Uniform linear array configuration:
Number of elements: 8
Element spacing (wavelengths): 0.5
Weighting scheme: blackman
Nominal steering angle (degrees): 15
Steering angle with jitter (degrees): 16.631
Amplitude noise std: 0.05
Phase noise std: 0.05

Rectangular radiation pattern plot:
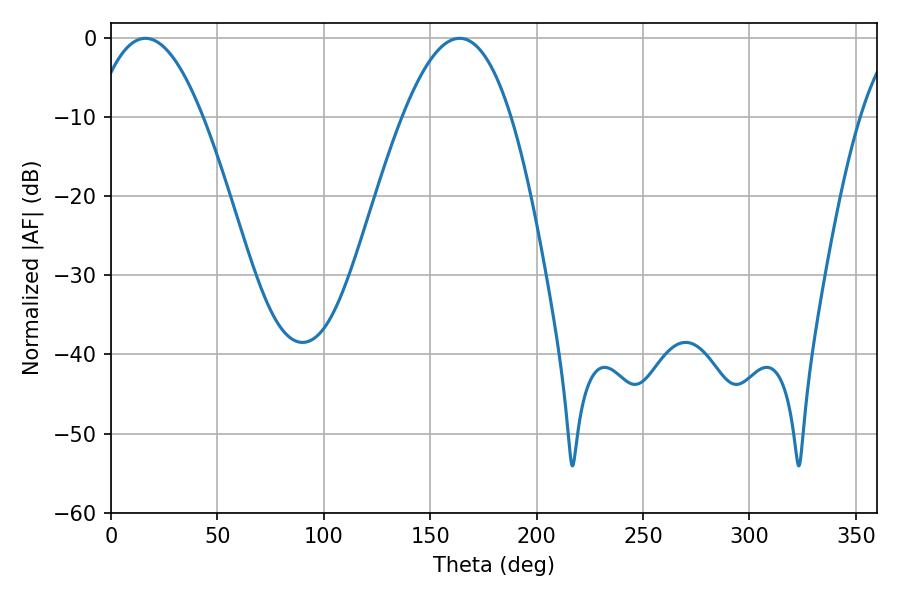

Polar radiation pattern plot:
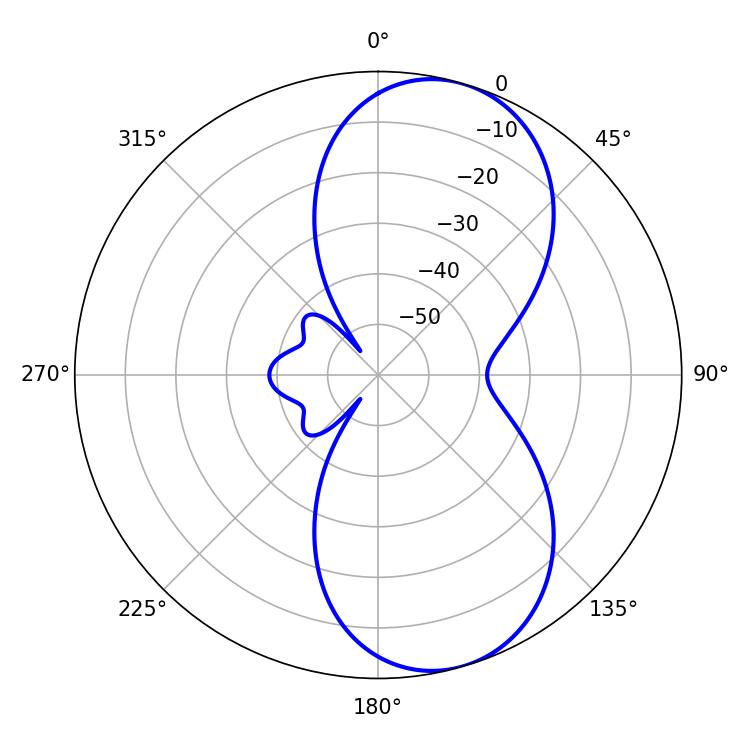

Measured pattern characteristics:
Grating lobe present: FALSE
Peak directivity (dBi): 8.21
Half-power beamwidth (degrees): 27.9
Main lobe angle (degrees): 16.2